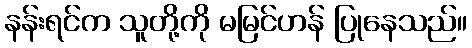
နန်းရင်က သူတို့ကို မမြင်ဟန် ပြုနေသည်။